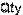
QTY